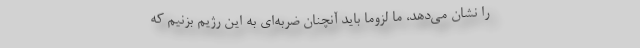
را نشان می‌دهد، ما لزوماً باید آنچنان ضربه‌ای به این رژیم بزنیم که